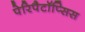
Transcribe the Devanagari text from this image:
पेरिपैटॉप्सिस